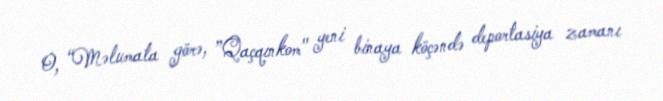
O, “Məlumata görə, ”Qaçqınkom" yeni binaya köçəndə deportasiya zamanı